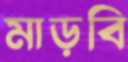
মাড়বি